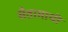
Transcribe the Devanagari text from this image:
सैतामाची